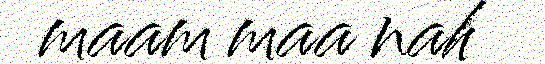
maam maa nah